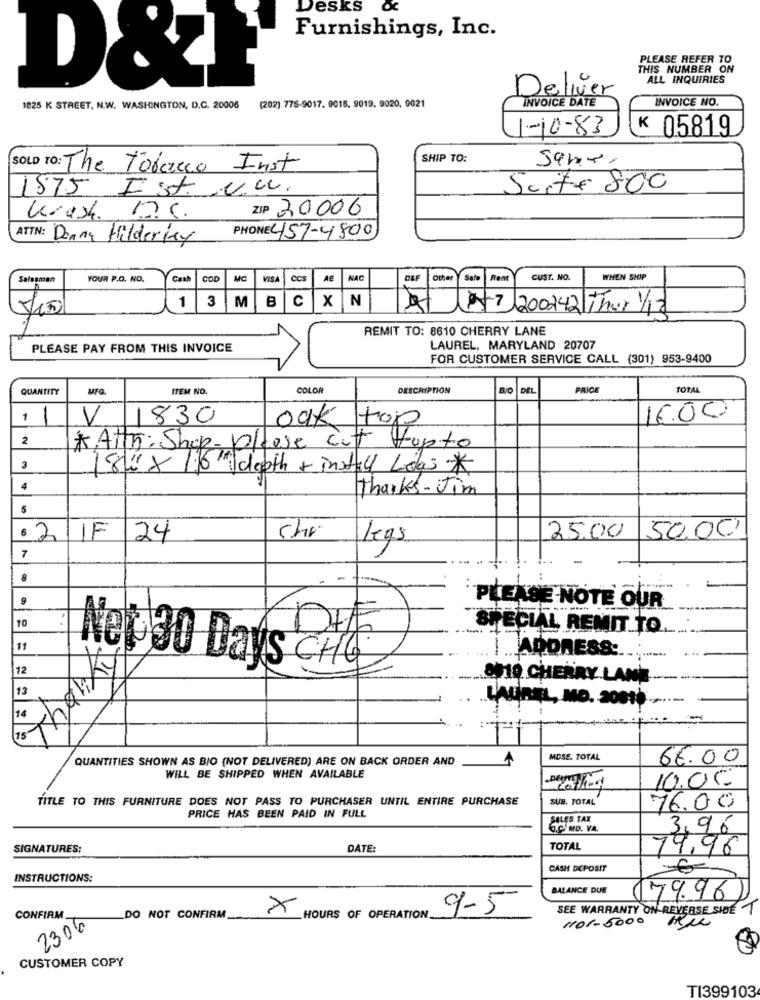
Desks o
Furnishings, Inc.
PLEASE REFER TO
THIS NUMBER ON
D&ł
ALL INQUIRIES
Deliver
INVOICE DATE
INVOICE NO.
1825 K STREET, N.W. WASHINGTON, D.C. 20006
(202) 775-9017. 9015. 9019, 9020, 9021
1-10-83
K 05819
SHIP TO:
SOLD TO: The Tobacco Inst
1875 Ist. v.w.
Suite 800
ZIP 30006
Krash 1.6.
ATTN: Donna Hilderkey
PHONE: 457-4800
Salesman
YOUR P.O. NO.
Cath
COD
MC
VISA
CCS
AE
NAC
DLF
Safe Rent
CUST. NO.
WHEN SHIP
$150
1 3 MB C XN
077 200242 Thor 1/12
REMIT TO: 8610 CHERRY LANE
PLEASE PAY FROM THIS INVOICE
LAUREL, MARYLAND 20707
FOR CUSTOMER SERVICE CALL (301) 953-9400
QUANTITY
MFQ.
ITEM NO.
COLOR
DESCRIPTION
DEL
PRICE
TOTAL
1 1
V 1830
oak tor
16.00
2
*Atth: Shop-prese cut Hupto
3
18/07/16 depth + install Lelas *
4
Thanks -Jim
5
Chr
50,00
$ 2/1F
24
legs
25.00
7
9
PLEASE NOTE OUR
10
SPECIAL REMIT TO.
11
MADDRESS:
12
Net 30 Days CHC
---
8010 CHERRY LANE --.
13
LAUREL, MO. 20010 .......
14
15
QUANTITIES SHOWN AS BIO (NOT DELIVERED) ARE ON BACK ORDER AND
1
MOSE. TOTAL
66.00
WILL BE SHIPPED WHEN AVAILABLE
10.00
TITLE TO THIS FURNITURE DOES NOT PASS TO PURCHASER UNTIL ENTIRE PURCHASE
SUB. TOTAL
PRICE HAS BEEN PAID IN FULL
76.00
SALES TAX
Q.C. MD. VA.
3,96
SIGNATURES:
DATE:
TOTAL
79,96
CASH DEPOSIT
INSTRUCTIONS:
BALANCE DUE
79.961
CONFIRM
×
9-5
SEE WARRANTY ON REVERSE SIDE
DO NOT CONFIRM
HOURS OF OPERATION
1101-5000
2300
CUSTOMER COPY
TI399103